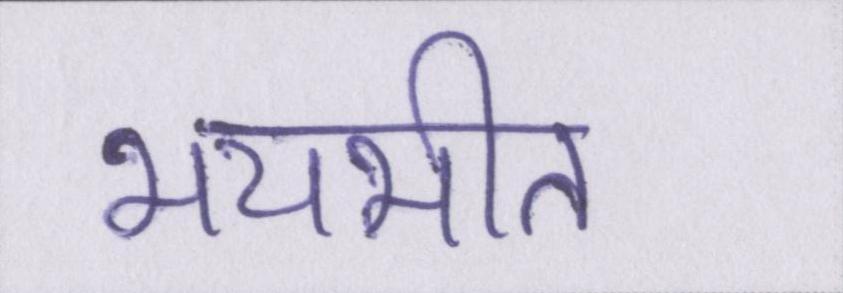
भयभीत